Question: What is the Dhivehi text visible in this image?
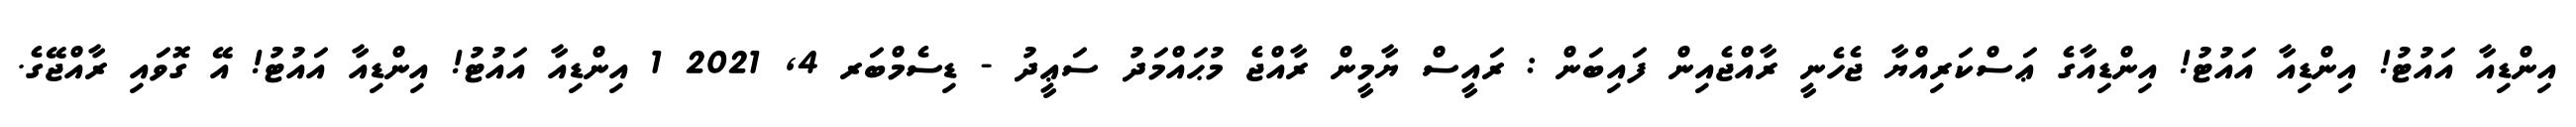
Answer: އިންޑިއާ އައުޓު! އިންޑިއާ އައުޓު! އިންޑިއާގެ ޢަސްކަރިއްޔާ ޖެހެނީ ރާއްޖެއިން ފައިބަން : ރައީސް ޔާމީން ރާއްޖެ މުޙައްމަދު ސަޢީދު - ޑިސެމްބަރ 4, 2021 1 އިންޑިއާ އައުޓު! އިންޑިއާ އައުޓު! އޭ ގޮވައި ރާއްޖޭގެ.